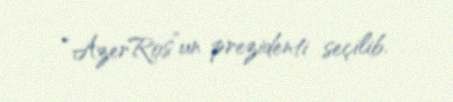
“AzerRos”un prezidenti seçilib.